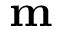
\mathbf { m }